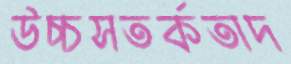
উচ্চসতর্কতাদ